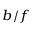
_ { b / f }